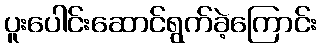
ပူးပေါင်းဆောင်ရွက်ခဲ့ကြောင်း